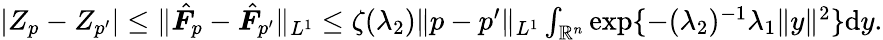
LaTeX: \begin{array}{r}{|Z_{p}-Z_{p^{\prime}}|\leq\| \hat{\boldsymbol{F}}_{p}-\hat{\boldsymbol{F}}_{p^{\prime}}\| _{L^{1}}\leq\zeta(\lambda_{2})\| p-p^{\prime}\| _{L^{1}}\int_{\mathbb{R}^{n}}\exp\{ -(\lambda_{2})^{-1}\lambda_{1}\| y\| ^{2}\} \mathrm{d}y.}\end{array}